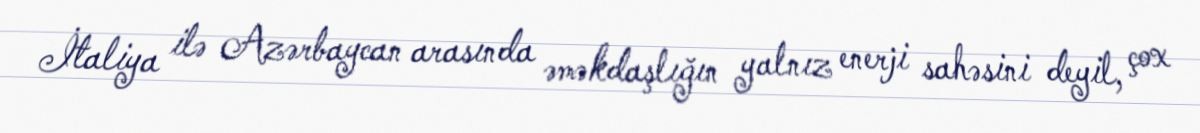
İtaliya ilə Azərbaycan arasında əməkdaşlığın yalnız enerji sahəsini deyil, çox